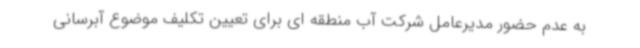
به عدم حضور مدیرعامل شرکت آب منطقه ای برای تعیین تکلیف موضوع آبرسانی